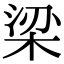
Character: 梁